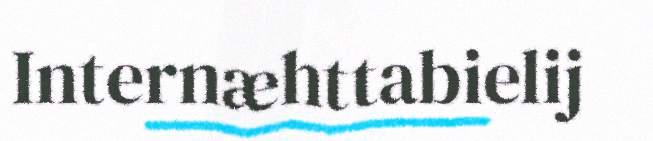
Internæhttabielij